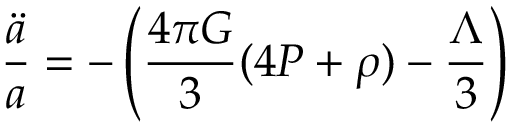
\frac { \ddot { a } } { a } = - \left( \frac { 4 \pi G } { 3 } ( 4 P + \rho ) - \frac { \Lambda } { 3 } \right)